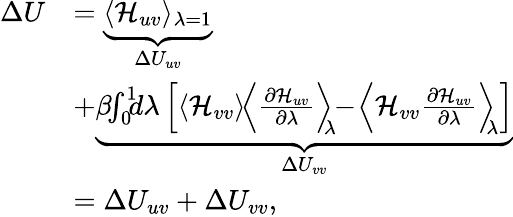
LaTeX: \begin{array}{rl}{\Delta U}&{=\underbrace{\langle\mathcal{H}_{uv}\rangle_{\lambda=1}}_{\Delta U_{uv}}}\\ &{+\underbrace{\beta\! \! \int_{0}^{1}\! \! \! d\lambda\left[\langle\mathcal{H}_{vv}\rangle\! \left\langle\frac{\partial\mathcal{H}_{uv}}{\partial\lambda}\right\rangle_{\! \! \lambda}\! \! -\! \left\langle\mathcal{H}_{vv}\frac{\partial\mathcal{H}_{uv}}{\partial\lambda}\right\rangle_{\! \! \lambda}\right]}_{\Delta U_{vv}}}\\ &{=\Delta U_{uv}+\Delta U_{vv},}\end{array}